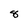
Character: 8